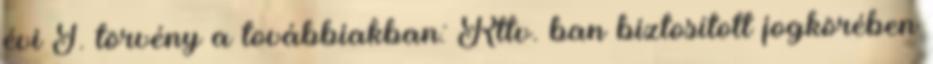
évi I. törvény a továbbiakban: Rttv. ban biztosított jogkörében